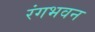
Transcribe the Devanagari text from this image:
रंगभवन